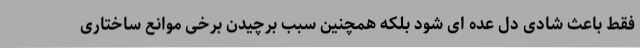
فقط باعث شادی دل عده ای شود بلکه همچنین سبب برچیدن برخی موانع ساختاری